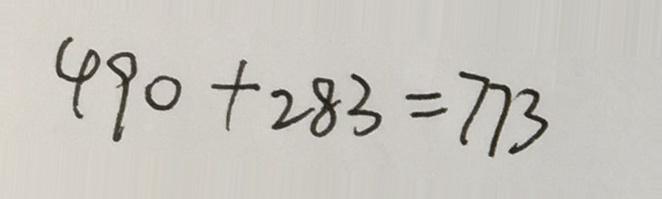
4 9 0 + 2 8 3 = 7 7 3